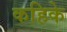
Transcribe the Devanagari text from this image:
कहिके